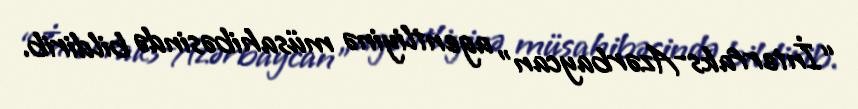
“İnterfaks-Azərbaycan” agentliyinə müsahibəsində bildirib.